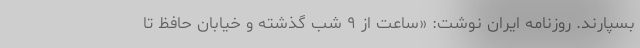
بسپارند. روزنامه ایران نوشت: «ساعت از ۹ شب گذشته و خیابان حافظ تا